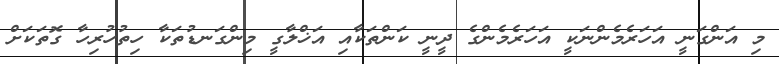
މި އަންގަނީ އަހަރެމެންނަކީ އަހަރެމެންގެ ދީނީ ކަންތަކާއި އަޚްލާގީ މިންގަނޑުތަކާ ހިތުހުރިހާ ގޮތަކަށް